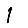
Digit: 1